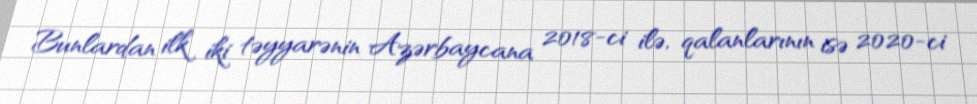
Bunlardan ilk iki təyyarənin Azərbaycana 2018-ci ilə, qalanlarının isə 2020-ci